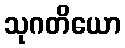
သုဂတိယော